Civil Veterinary Dept. Bombay admin report 1893-99 - 1893-1899
Year: 1893
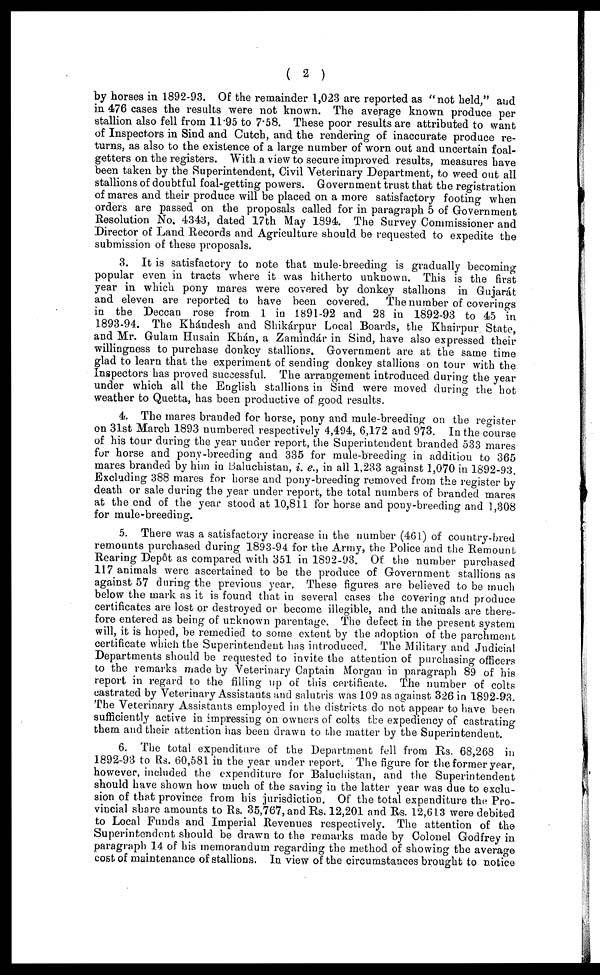
( 2 )
by horses in 1892-93. Of the remainder 1,023 are reported as "not held," and
in 476 cases the results were not known. The average known produce per
stallion also fell from 11.95 to 7.58. These poor results are attributed to want
of Inspectors in Sind and Cutch, and the rendering of inaccurate produce re-
turns, as also to the existence of a large number of worn out and uncertain foal-
getters on the registers. With a view to secure improved results, measures have
been taken by the Superintendent, Civil Veterinary Department, to weed out all
stallions of doubtful foal-getting powers. Government trust that the registration
of mares and their produce will be placed on a more satisfactory footing when
orders are passed on the proposals called for in paragraph 5 of Government
Resolution No. 4343, dated 17th May 1894. The Survey Commissioner and
Director of Land Records and Agriculture should be requested to expedite the
submission of these proposals.
3. It is satisfactory to note that mule-breeding is gradually becoming
popular even in tracts where it was hitherto unknown. This is the first
year in which pony mares were covered by donkey stallions in Gujarát
and eleven are reported to have been covered.
The number of coverings
in the Deccan rose from 1 in 1891-92 and 28 in 1892-93 to 45 in
1893-94. The Khándesh and Shikárpur Local Boards, the Khairpur State,
and Mr. Gulam Husain Khán, a Zamindár in Sind, have also expressed their
willingness to purchase donkey stallions. Government are at the same time
glad to learn that the experiment of sending donkey stallions on tour with the
Inspectors has proved successful. The arrangement introduced during the year
under which all the English stallions in Sind were moved during the hot
weather to Quetta, has been productive of good results.
4. The mares branded for horse, pony and mule-breeding on the register
on 31st March 1893 numbered respectively 4,494, 6,172 and 973. In the course
of his tour during the year under report, the Superintendent branded 533 mares
for horse and pony-breeding and 335 for mule-breeding in addition to 365
mares branded by him in Baluchistan, i. e., in all 1,233 against 1,070 in 1892-93.
Excluding 388 mares for horse and pony-breeding removed from the register by
death or sale during the year under report, the total numbers of branded mares
at the end of the year stood at 10,811 for horse and pony-breeding and 1,308
for mule-breeding.
5. There was a satisfactory increase in the number (461) of country-bred
remounts purchased during 1893-94 for the Army, the Police and the Remount
Rearing Depôt as compared with 351 in 1892-93. Of the number purchased
117 animals were ascertained to be the produce of Government stallions as
against 57 during the previous year. These figures are believed to be much
below the mark as it is found that in several cases the covering and produce
certificates are lost or destroyed or become illegible, and the animals are there-
fore entered as being of unknown parentage. The defect in the present system
will, it is hoped, be remedied to some extent by the adoption of the parchment
certificate which the Superintendent has introduced. The Military and Judicial
Departments should be requested to invite the attention of purchasing officers
to the remarks made by Veterinary Captain Morgan in paragraph 89 of his
report in regard to the filling up of this certificate. The number of colts
castrated by Veterinary Assistants and salutris was 109 as against 326 in 1892-93.
The Veterinary Assistants employed in the districts do not appear to have been
sufficiently active in impressing on owners of colts the expediency of castrating
them and their attention has been drawn to the matter by the Superintendent.
6. The total expenditure of the Department fell from Rs. 68,268 in
1892-93 to Rs. 60,581 in the year under report. The figure for the former year,
however, included the expenditure for Baluchistan, and the Superintendent
should have shown how much of the saving in the latter year was due to exclu-
sion of that province from his jurisdiction. Of the total expenditure the Pro-
vincial share amounts to Rs. 35,767, and Rs. 12,201 and Rs. 12,613 were debited
to Local Funds and Imperial Revenues respectively. The attention of the
Superintendent should be drawn to the remarks made by Colonel Godfrey in
paragraph 14 of his memorandum regarding the method of showing the average
cost of maintenance of stallions. In view of the circumstances brought to notice